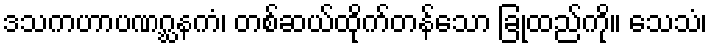
ဒသကဟာပဏဂ္ဃနကံ၊ တစ်ဆယ်ထိုက်တန်သော ခြုံထည်ကို။ သေသံ၊